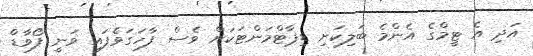
އަދި އެ ޓީމްގެ އެންމެ ބަލިކަށި ޑިޕާޓްމަންޓަކަށް ވެސް ފާހަގަވެފައި ވަނީ ފޯވާޑް